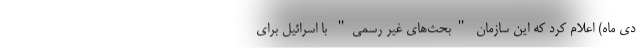
دی ماه) اعلام کرد که این سازمان "بحث‌های غیر رسمی" با اسرائیل برای